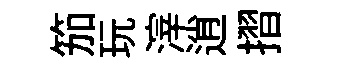
笳玩滓逍摺